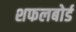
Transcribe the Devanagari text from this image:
शफलबोर्ड